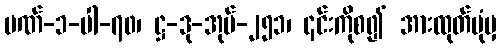
ပဏ်-၁-ပါ-၇၀၊ ဋ္ဌ-ဒု-အုပ်-၂၅၁၊ ၎င်းကိုစ၍ အားထုတ်ပုံမှ